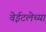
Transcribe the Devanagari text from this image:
वेईटलेच्या